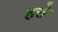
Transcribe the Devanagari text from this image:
हत्ते